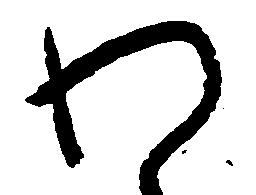
わ